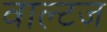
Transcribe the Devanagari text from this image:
वाल्टज